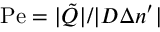
\mathrm { P e } = | \tilde { \cal Q } | / | D \Delta n ^ { \prime } |